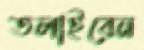
তলাইবেন